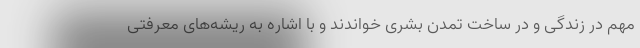
مهم در زندگی و در ساخت تمدن بشری خواندند و با اشاره به ریشه‌های معرفتی